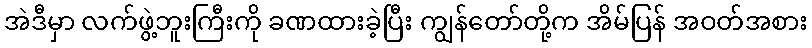
အဲဒီမှာ လက်ဖွဲ့ဘူးကြီးကို ခဏထားခဲ့ပြီး ကျွန်တော်တို့က အိမ်ပြန် အဝတ်အစား